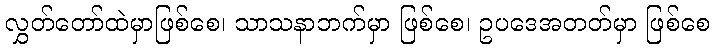
လွှတ်တော်ထဲမှာဖြစ်စေ၊ သာသနာဘက်မှာ ဖြစ်စေ၊ ဥပဒေအတတ်မှာ ဖြစ်စေ